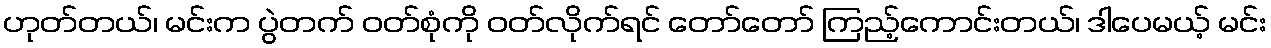
ဟုတ်တယ်၊ မင်းက ပွဲတက် ဝတ်စုံကို ဝတ်လိုက်ရင် တော်တော် ကြည့်ကောင်းတယ်၊ ဒါပေမယ့် မင်း